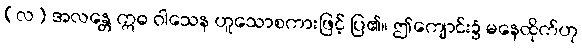
(လ) အလန္တေ ဣဓ ဝါသေန ဟူသောစကားဖြင့် ပြ၏။ ဤကျောင်း၌ မနေထိုက်ဟု